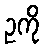
ဥကို